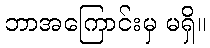
ဘာအကြောင်းမှ မရှိ။